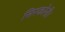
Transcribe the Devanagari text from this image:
सिरकोनी।